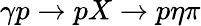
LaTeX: \gamma p\rightarrow pX\rightarrow p\eta\pi